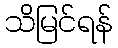
သိမြင်ရန်